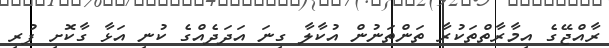
ރާއްޖޭގެ އިމާރާތްތަކުރާ ތަންތަނުން އުކާލާ ގިނަ އަދަދެއްގެ ކުނި އަޅާ ގާކޮށި ފުރި